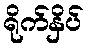
ရိုက်နှိပ်